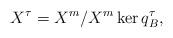
LaTeX: \begin{align*}X^\tau=X^m/X^m\ker q^\tau_B,\end{align*}